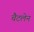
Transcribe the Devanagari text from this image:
चैटलेन